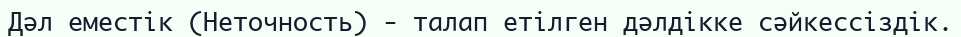
Дәл еместік (Неточность) - талап етілген дәлдікке сәйкессіздік.